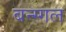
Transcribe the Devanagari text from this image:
बन्ग्गल